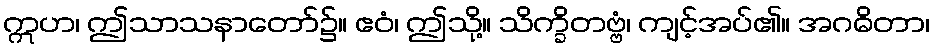
ဣဟ၊ ဤသာသနာတော်၌။ ဧဝံ၊ ဤသို့။ သိက္ခိတဗ္ဗံ၊ ကျင့်အပ်၏။ အဂဓိတာ၊